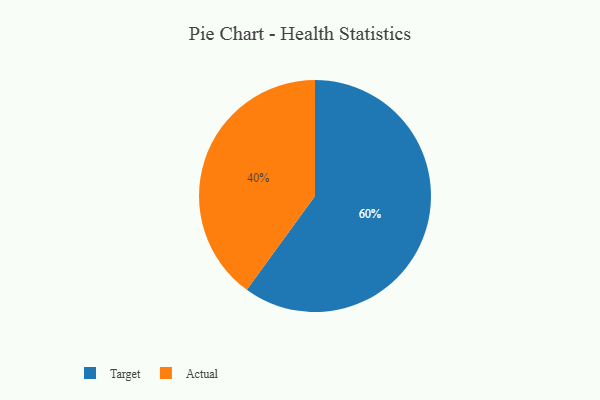
{"axis": {"x": "Category", "y": "Percentage"}, "legend": ["Actual", "Target"], "data": [{"x": "Target", "y": 60, "type": "Target"}, {"x": "Actual", "y": 40, "type": "Actual"}]}